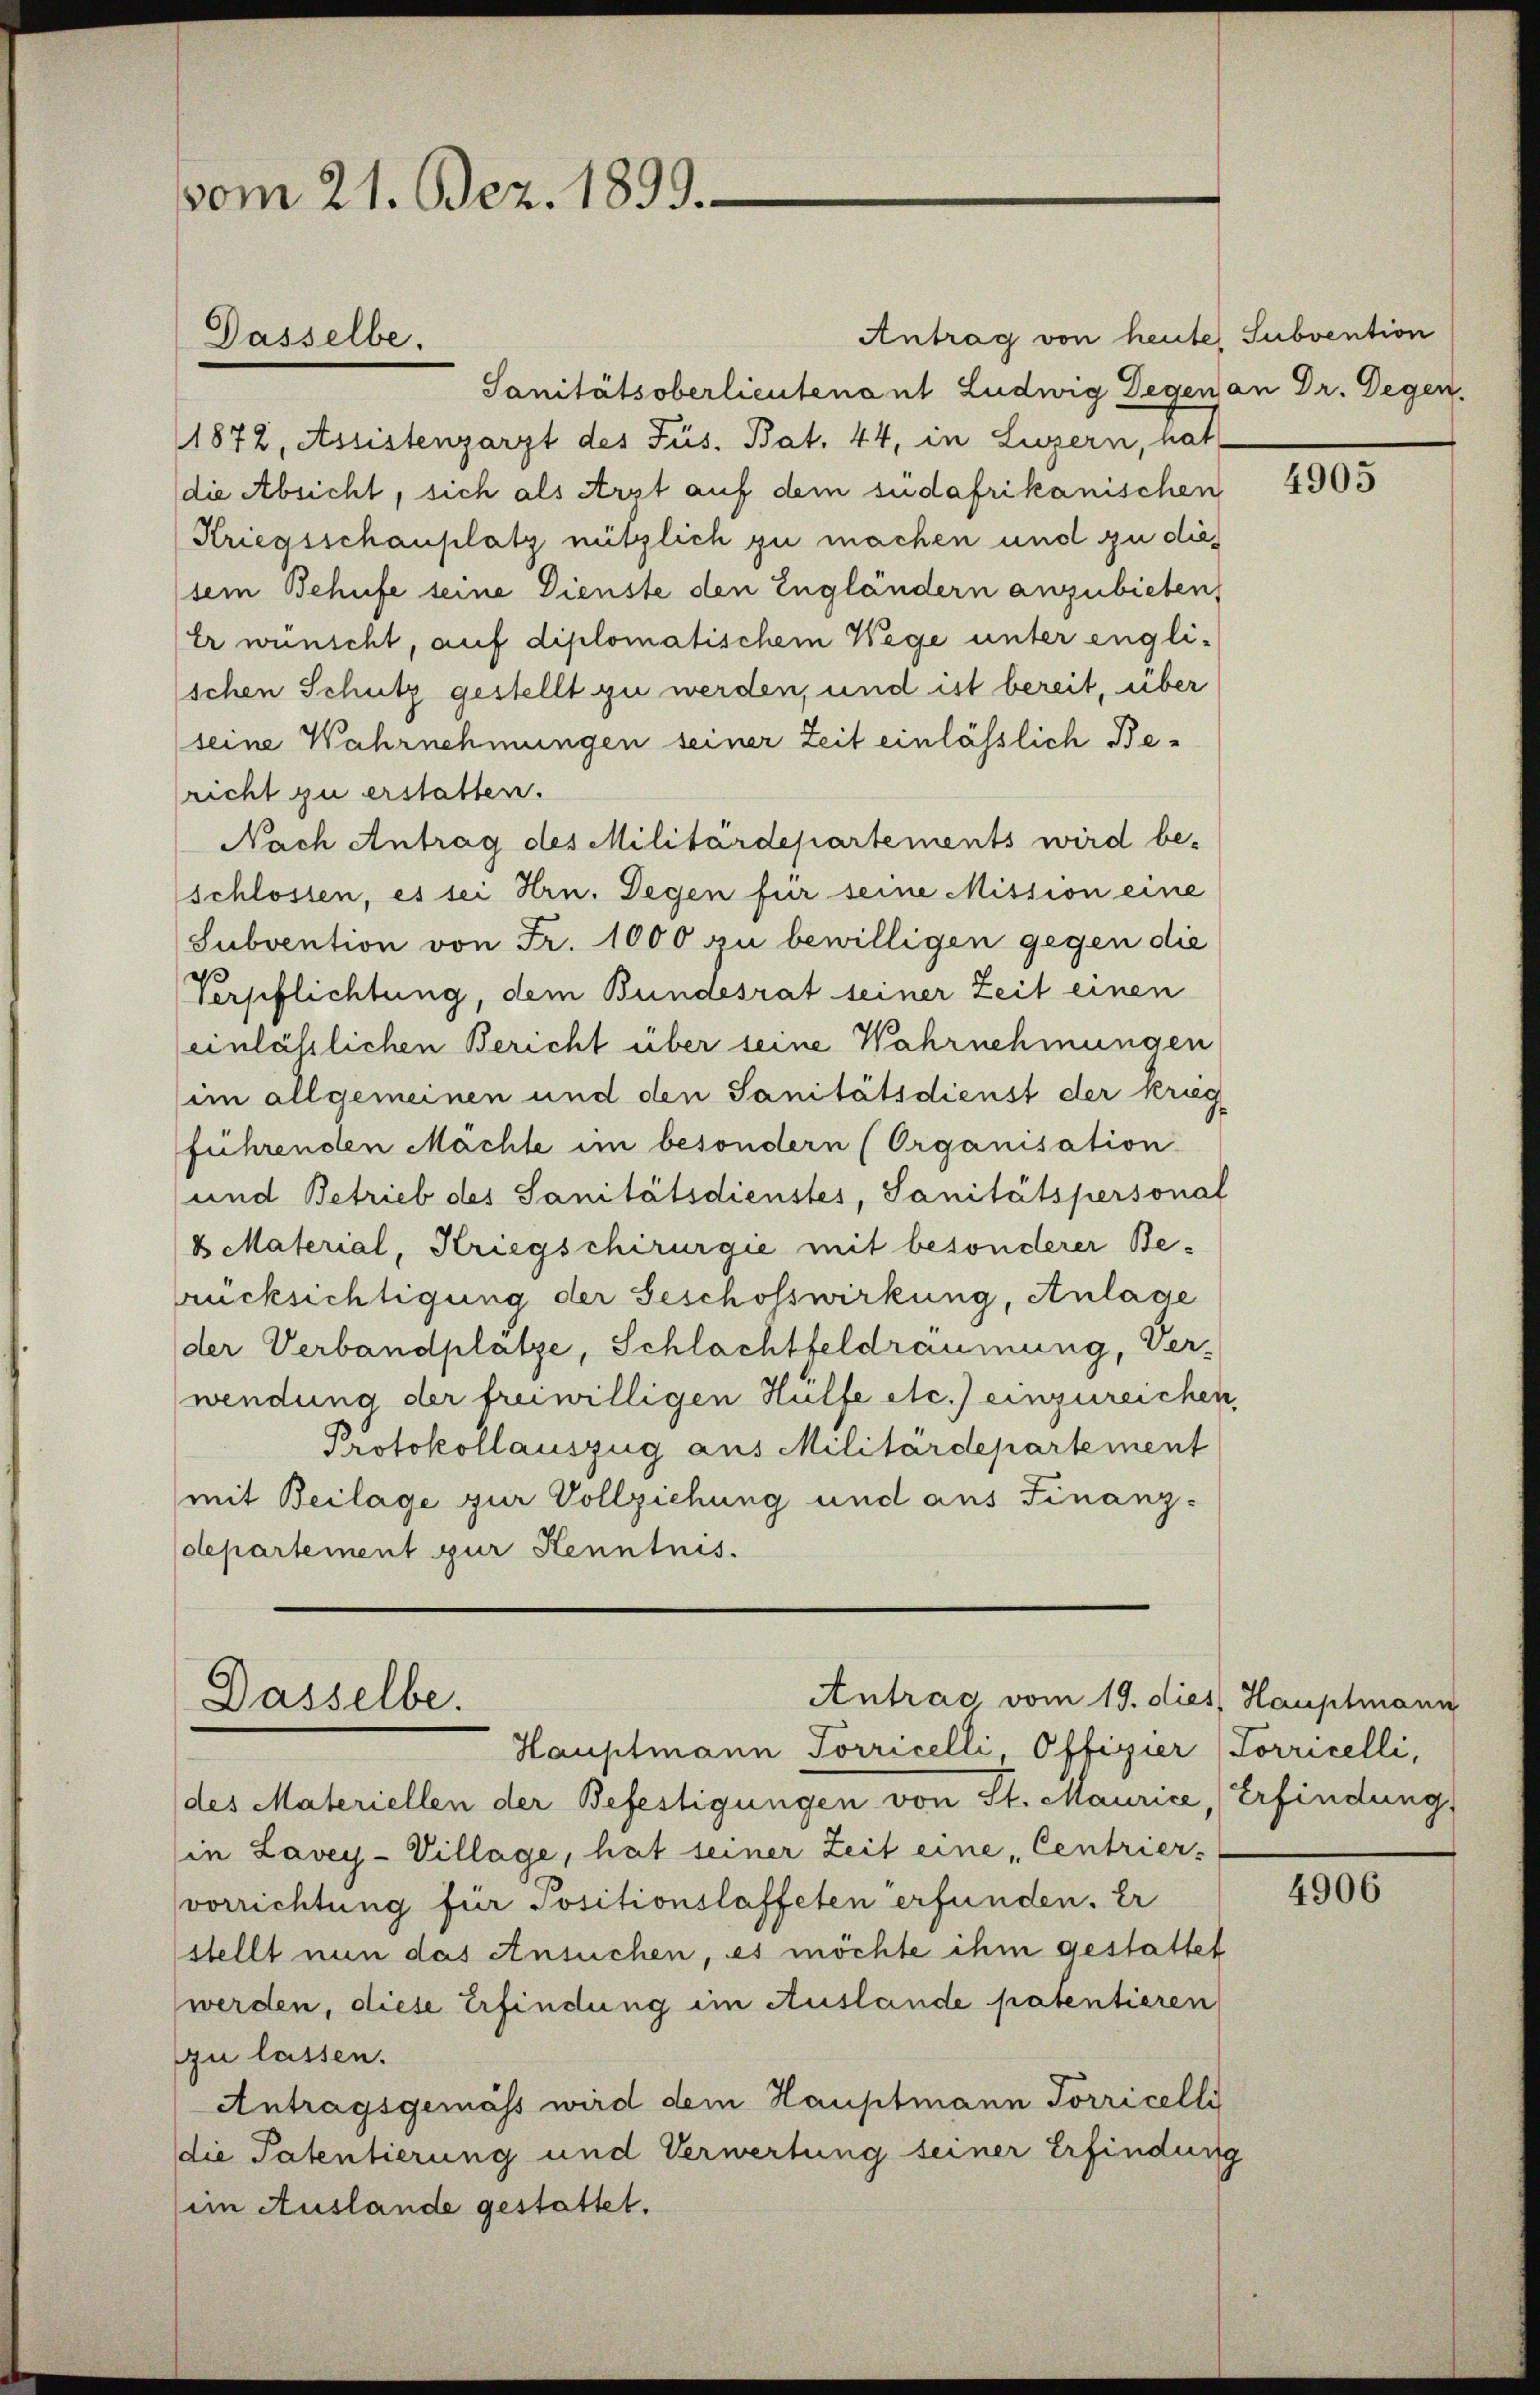
vom 21. Bez. 1899.

Sanitätsoberlieutenant Ludwig Degen an Dr. Gegen.
1872, Assistenzarzt des Füs. Bat. 44, in Luzern, hat
die Absicht, sich als Arzt auf dem südafrikanischen
Kriegsschauplatz nützlich zu machen und zu dies
sem Behufe seine Dienste den Engländern anzubieten,
Er wünscht, auf diplomatischem Wege unter engli-
schen Schutz gestellt zu werden, und ist bereit, über
(seine Wahrnehmungen seiner Zeit einlässlich Bericht zu erstatten.
Nach Antrag des Militärdepartements wird be-
schlossen, es sei Hrn. Degen für seine Mission eine
Subvention von Fr. 1000 zu bewilligen gegen die
e
Verpflichtung, dem Bundesrat seiner Zeit einen
einlässlichen Bericht über seine Wahrnehmungen
im allgemeinen und den Sanitätsdienst der krieg
führenden Mächte im besondern (Organisation
und Betrieb des Sanitätsdienstes, Sanitätspersonal
8 Material, Kriegschirurgie mit besonderer Berücksichtigung der Geschosswirkung, Anlage
der Verbandplatze, Schlachtfeldräumung, Ver-
wendung der freiwilligen Hülfe etc.) einzureichen,
Protokollauszug aus Militärdepartement
mit Beilage zur Vollziehung und aus Finanz-
departement zur Kenntnis.

Gasselbe.

Antrac vom 19. dies Hauptmann
Dasselbe.
Hauptmann Torricelli, Offizier Torricelli,

des Materiellen der Befestigungen von St. Maurice, Erfindung
in Lavey-Village, hat seiner Zeit eine Centrier-
vorrichtung für Positionslaffeten erfunden. Er
stellt nun das Ansuchen, es möchte ihm gestattet
werden, diese Erfindung im Auslande patentieren
zu lassen.
Antragsgemäss wird dem Hauptmann Porricelli
die Patentierung und Verwertung seiner Erfindung
(im Auslande gestattet.

Antrag von heute, Subvention

4905

4906